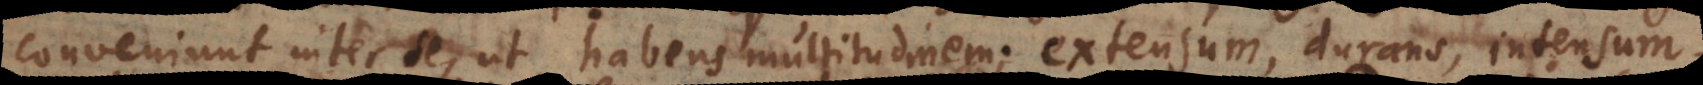
conveniunt inter se, ut habens magnitudinem; extensum, durans, intensum,